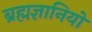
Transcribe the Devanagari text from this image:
ब्रह्मज्ञानियों